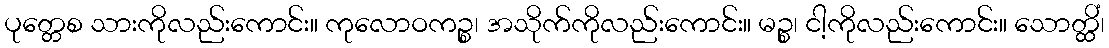
ပုတ္တေစ သားကိုလည်းကောင်း။ ကုလောဝကဉ္စ၊ အသိုက်ကိုလည်းကောင်း။ မဉ္စ၊ ငါ့ကိုလည်းကောင်း။ သောတ္ထိံ၊